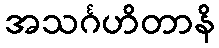
အသင်္ဂဟိတာနိ